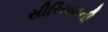
સીરિયલની